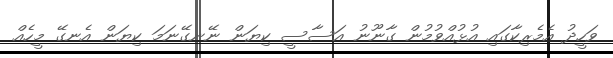
ވަހީދު އެމެރިކާގައި އުޅުއްވުމުން ގާނޫނު އަސާސީ ކިޔަން ނޭނގޭނަމަ ކިޔަން އެނގޭ މީހެއް